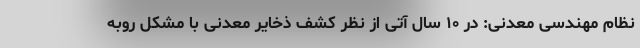
نظام مهندسی معدنی: در ۱۰ سال آتی از نظر کشف ذخایر معدنی با مشکل روبه